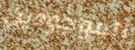
الموجودين